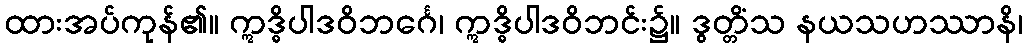
ထားအပ်ကုန်၏။ ဣဒ္ဓိပါဒဝိဘင်္ဂေ၊ ဣဒ္ဓိပါဒဝိဘင်း၌။ ဒွတ္တိံသ နယသဟဿာနိ၊